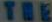
THE